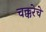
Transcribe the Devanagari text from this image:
चक्करेचे